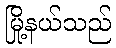
မြို့နယ်သည်